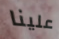
علينا